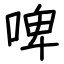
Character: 啤